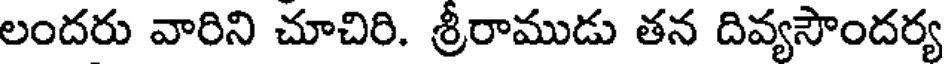
లందరు వారిని చూచిరి. శ్రీరాముడు తన దివ్యసౌందర్య